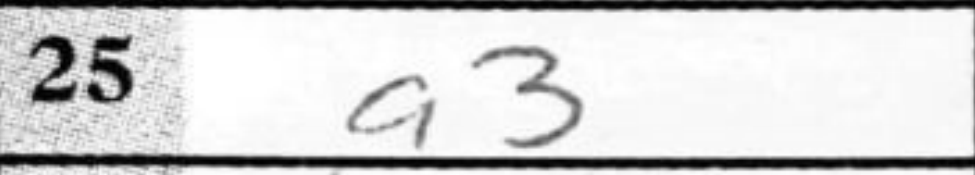
Transcription: a3